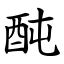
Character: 䣩